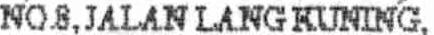
NO.8,JALAN LANG KUNING,